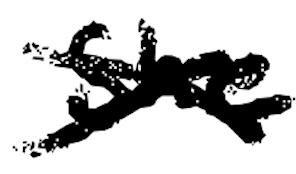
Text: she
Cross-out: cross
Writing tool: digital_black